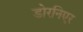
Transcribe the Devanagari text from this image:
डोरनिएर